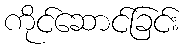
ကိုင်ဆောင်ခြင်း